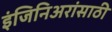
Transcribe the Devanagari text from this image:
इंजिनिअरांसाठी